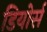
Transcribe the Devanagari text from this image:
डियोर्स